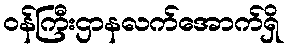
ဝန်ကြီးဌာနလက်အောက်ရှိ